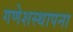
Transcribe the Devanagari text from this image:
गणेशस्थापना